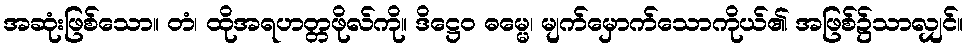
အဆုံးဖြစ်သော။ တံ၊ ထိုအရဟတ္တဖိုလ်ကို။ ဒိဋ္ဌေဝ ဓမ္မေ၊ မျက်မှောက်သောကိုယ်၏ အဖြစ်၌သာလျှင်။